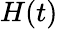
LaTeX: H(t)